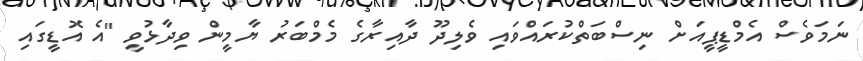
ނަމަވެސް އެމްޑީޕީއަށް ނިސްބަތްކުރައްވައި ވެލިދޫ ދާއިރާގެ މެމްބަރު ޔާމީން ވިދާޅުވީ "އެ އޮޑީގައި